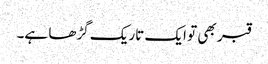
قبر بھی تو ایک تاریک گڑھا ہے۔